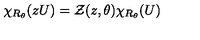
\chi _ { R _ { \theta } } ( z U ) = { \cal Z } ( z , \theta ) \chi _ { R _ { \theta } } ( U )